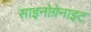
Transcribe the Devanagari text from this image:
साइनोग्रेनाइट